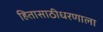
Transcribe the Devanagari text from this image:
हितासाठीधरणाला